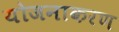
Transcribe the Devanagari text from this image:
योजनाकरण